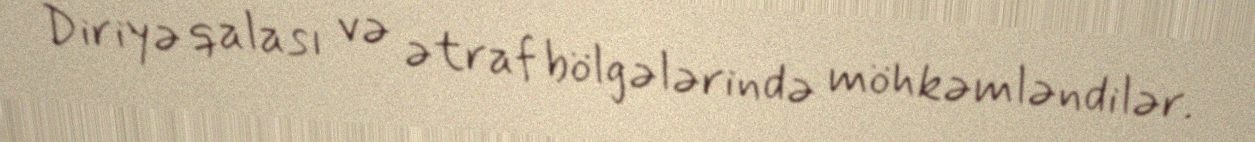
Diriyə qalası və ətraf bölgələrində möhkəmləndilər.